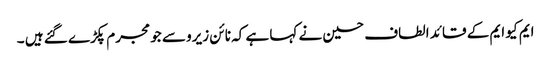
ایم کیو ایم کے قائد الطاف حسین نے کہا ہے کہ نائن زیرو سے جو مجرم پکڑے گئے ہیں ۔